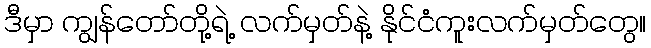
ဒီမှာ ကျွန်တော်တို့ရဲ့ လက်မှတ်နဲ့ နိုင်ငံကူးလက်မှတ်တွေ။